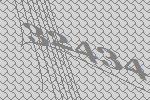
32434